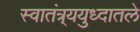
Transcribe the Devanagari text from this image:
स्वातंत्र्ययुध्दातले